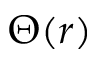
\Theta ( r )